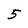
Character: 5